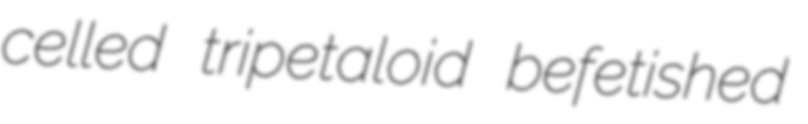
celled tripetaloid befetished